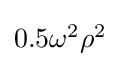
{\textstyle 0.5\omega ^{2}\rho ^{2}}